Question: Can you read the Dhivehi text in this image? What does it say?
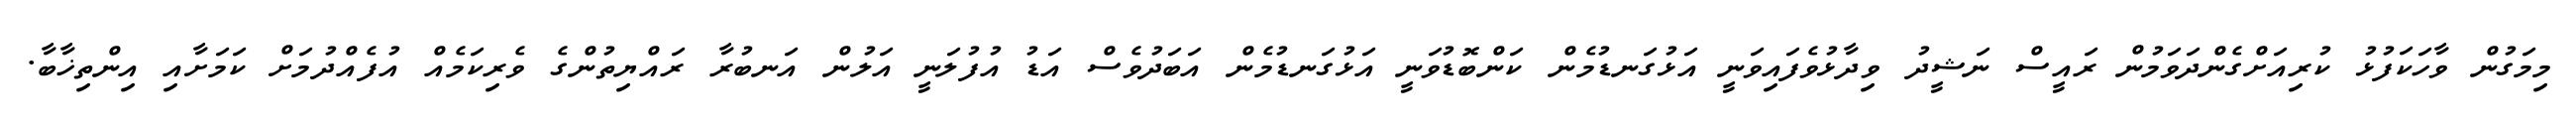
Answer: މިމަގުން ވާހަކަފުޅު ކުރިއަށްގެންދަވަމުން ރައީސް ނަޝީދު ވިދާޅުވެފައިވަނީ އަޅުގަނޑުމެން ކަންބޮޑުވަނީ އަޅުގަނޑުމެން އަބަދުވެސް އަޑު އުފުލަނީ އަލުން އަނބުރާ ރައްޔިތުންގެ ވެރިކަމެއް އުފެއްދުމަށް ކަމަށާއި އިންތިޚާބާ.